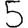
Digit: 5